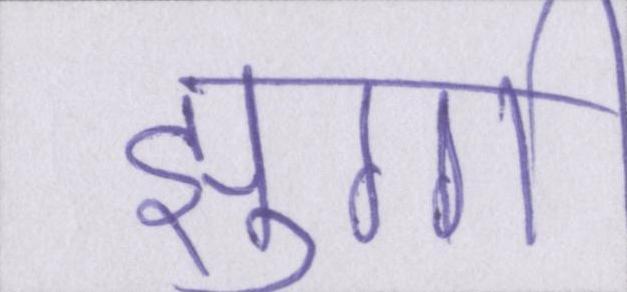
झुग्गी